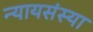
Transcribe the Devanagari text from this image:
न्यायसंस्या